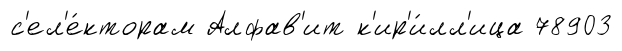
с'ел'е́кторам Алфав'ит к'ир'и́лл'ица 78903